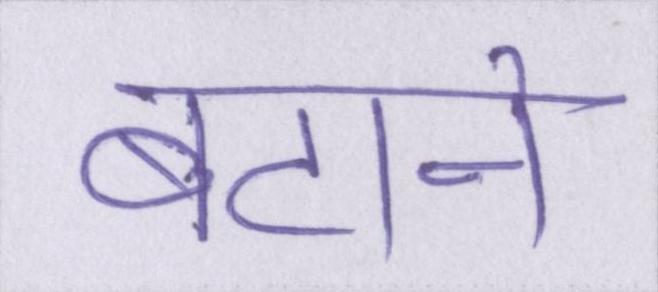
बटाने